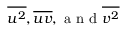
\overline { { { u ^ { 2 } } } } , \overline { { { u v } } } , \mathrm { ~ a ~ n ~ d ~ } \overline { { { v ^ { 2 } } } }